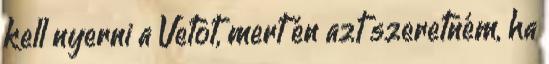
kell nyerni a Vetot, mert én azt szeretném, ha